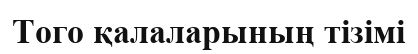
Того қалаларының тізімі